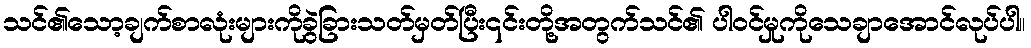
သင်၏သော့ချက်စာလုံးများကိုခွဲခြားသတ်မှတ်ပြီး၎င်းတို့အတွက်သင်၏ ပါဝင်မှုကိုသေချာအောင်လုပ်ပါ။